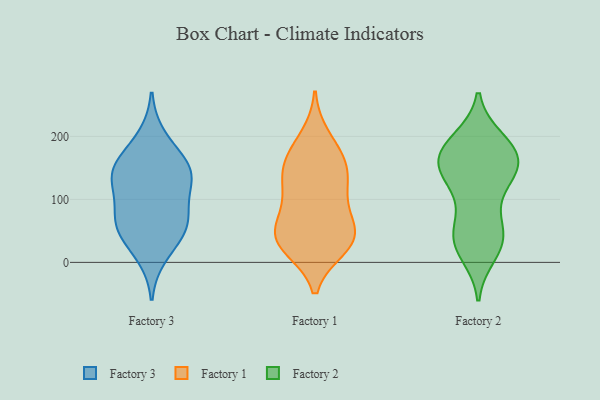
{"axis": {"x": "Website Visitors", "y": "Value"}, "legend": ["Factory 1", "Factory 2", "Factory 3"], "data": [{"x": "", "y": 123, "type": "Factory 3"}, {"x": "", "y": 146, "type": "Factory 3"}, {"x": "", "y": 157, "type": "Factory 3"}, {"x": "", "y": 81, "type": "Factory 3"}, {"x": "", "y": 11, "type": "Factory 3"}, {"x": "", "y": 64, "type": "Factory 3"}, {"x": "", "y": 121, "type": "Factory 3"}, {"x": "", "y": 67, "type": "Factory 3"}, {"x": "", "y": 156, "type": "Factory 3"}, {"x": "", "y": 141, "type": "Factory 3"}, {"x": "", "y": 45, "type": "Factory 3"}, {"x": "", "y": 51, "type": "Factory 3"}, {"x": "", "y": 199, "type": "Factory 3"}, {"x": "", "y": 155, "type": "Factory 1"}, {"x": "", "y": 107, "type": "Factory 1"}, {"x": "", "y": 33, "type": "Factory 1"}, {"x": "", "y": 169, "type": "Factory 1"}, {"x": "", "y": 56, "type": "Factory 1"}, {"x": "", "y": 24, "type": "Factory 1"}, {"x": "", "y": 136, "type": "Factory 1"}, {"x": "", "y": 28, "type": "Factory 1"}, {"x": "", "y": 198, "type": "Factory 1"}, {"x": "", "y": 51, "type": "Factory 1"}, {"x": "", "y": 49, "type": "Factory 1"}, {"x": "", "y": 36, "type": "Factory 1"}, {"x": "", "y": 162, "type": "Factory 1"}, {"x": "", "y": 95, "type": "Factory 1"}, {"x": "", "y": 125, "type": "Factory 1"}, {"x": "", "y": 26, "type": "Factory 2"}, {"x": "", "y": 14, "type": "Factory 2"}, {"x": "", "y": 192, "type": "Factory 2"}, {"x": "", "y": 50, "type": "Factory 2"}, {"x": "", "y": 33, "type": "Factory 2"}, {"x": "", "y": 134, "type": "Factory 2"}, {"x": "", "y": 80, "type": "Factory 2"}, {"x": "", "y": 194, "type": "Factory 2"}, {"x": "", "y": 181, "type": "Factory 2"}, {"x": "", "y": 36, "type": "Factory 2"}, {"x": "", "y": 156, "type": "Factory 2"}, {"x": "", "y": 48, "type": "Factory 2"}, {"x": "", "y": 175, "type": "Factory 2"}, {"x": "", "y": 148, "type": "Factory 2"}, {"x": "", "y": 176, "type": "Factory 2"}, {"x": "", "y": 142, "type": "Factory 2"}, {"x": "", "y": 148, "type": "Factory 2"}, {"x": "", "y": 162, "type": "Factory 2"}, {"x": "", "y": 119, "type": "Factory 2"}]}